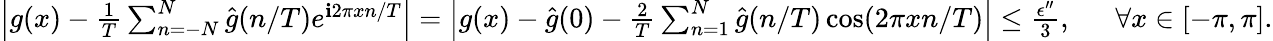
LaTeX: \begin{array}{rl}{\left|g(x)-\frac{1}{T}\sum_{n=-N}^{N}\hat{g}(n/T)e^{\mathbf{i}2\pi xn/T}\right|=\left|g(x)-\hat{g}(0)-\frac{2}{T}\sum_{n=1}^{N}\hat{g}(n/T)\cos(2\pi xn/T)\right|\le\frac{\epsilon^{\prime\prime}}{3},~}&{~\forall x\in[-\pi,\pi].}\end{array}